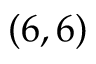
( 6 , 6 )